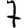
Digit: 7